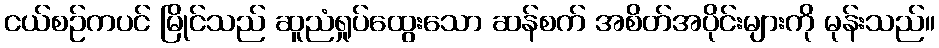
ငယ်စဉ်ကပင် မြိုင်သည် ဆူညံရှုပ်ထွေးသော ဆန်စက် အစိတ်အပိုင်းများကို မုန်းသည်။